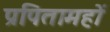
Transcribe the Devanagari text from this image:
प्रपितामहों